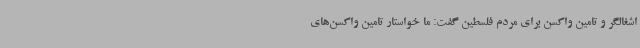
اشغالگر و تامین واکسن برای مردم فلسطین گفت: ما خواستار تامین واکسن‌های